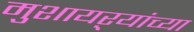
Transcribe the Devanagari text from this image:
मुशायऱ्यांच्या